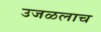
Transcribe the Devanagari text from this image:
उजळलाच